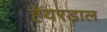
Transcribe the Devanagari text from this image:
हेयरडाल